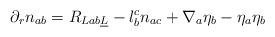
LaTeX: \begin{align*} \partial_r n_{ab} = R_{Lab\underline L} - l_b^c n_{ac} + \nabla_a \eta_b - \eta_a\eta_b\end{align*}